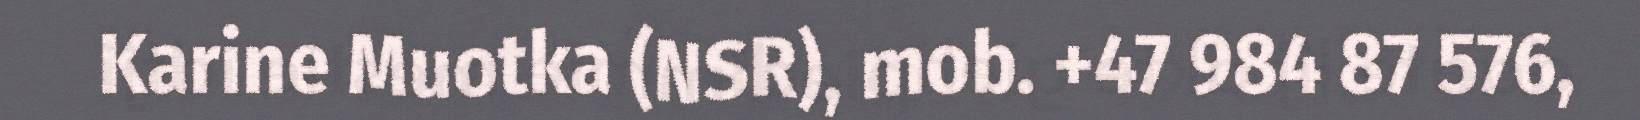
Karine Muotka (NSR), mob. +47 984 87 576,